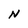
Character: N